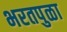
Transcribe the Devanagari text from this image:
भरतपुळा